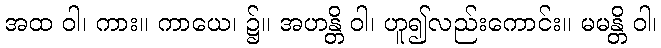
အထ ဝါ၊ ကား။ ကာယေ၊ ၌။ အဟန္တိ ဝါ၊ ဟူ၍လည်းကောင်း။ မမန္တိ ဝါ၊